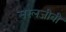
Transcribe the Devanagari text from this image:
सरलजीवी